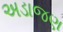
અડાજણ